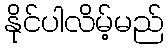
နိုင်ပါလိမ့်မည်